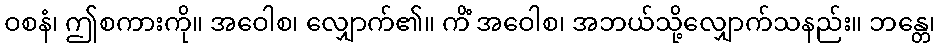
ဝစနံ၊ ဤစကားကို။ အဝေါစ၊ လျှောက်၏။ ကိံ အဝေါစ၊ အဘယ်သို့လျှောက်သနည်း။ ဘန္တေ၊